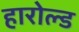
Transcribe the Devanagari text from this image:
हारोल्ड